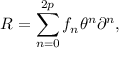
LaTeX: R = \sum _ { n = 0 } ^ { 2 p } f _ { n } \theta ^ { n } \partial ^ { n } ,